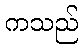
ကသည်